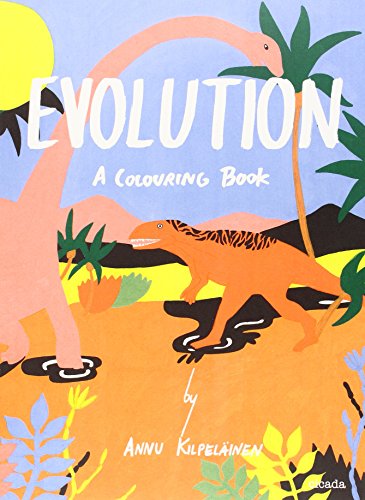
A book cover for Evolution: A Colouring Book; Children's Books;